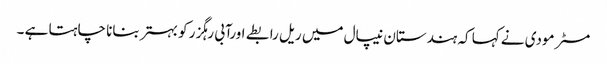
مسٹر مودی نے کہا کہ ہندستان نیپال میں ریل رابطے اورآبی رہگزر کو بہتر بنانا چاہتا ہے ۔